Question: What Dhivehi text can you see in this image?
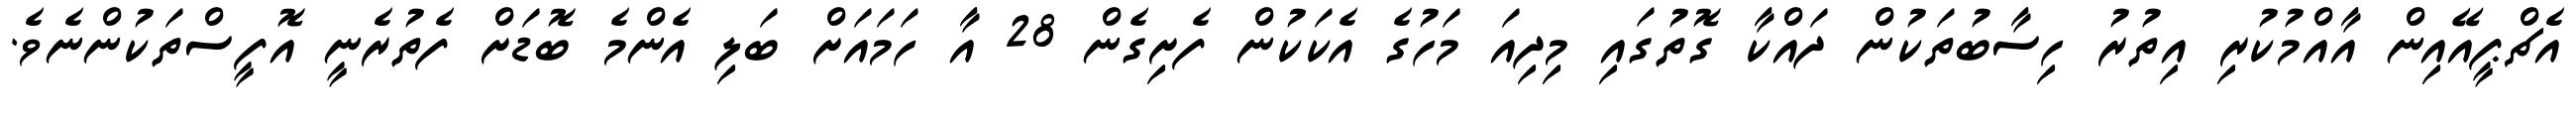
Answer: އެޗްޕީއޭއިން އާއްމުކުރި އިތުރު ހިސާބުތަކުން ދައްކާ ގޮތުގައި މިދިއަ މަހުގެ އެކަކުން ފެށިގެން 28 އާ ހަމައަށް ބަލި އެންމެ ބޮޑަށް ފެތުރެނީ އޮފީސްތަކުންނެވެ.